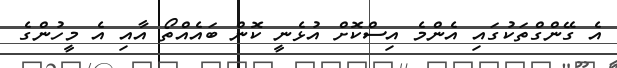
އެ ގޭންގްތަކުގައި އެންމެ އިސްކޮށް އުޅެނީ ކޮން ބައެއްތޯ އާއި އެ މީހުންގެ